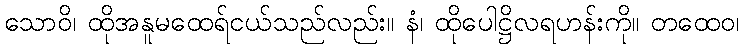
သောဝိ၊ ထိုအနူမထေရ်ငယ်သည်လည်း။ နံ၊ ထိုပေါဋ္ဌိလရဟန်းကို။ တထေဝ၊